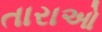
તારાઓ